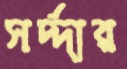
সর্দ্দার